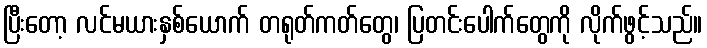
ပြီးတော့ လင်မယားနှစ်ယောက် တရုတ်ကတ်တွေ၊ ပြတင်းပေါက်တွေကို လိုက်ဖွင့်သည်။